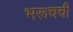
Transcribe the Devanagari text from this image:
भरूचची